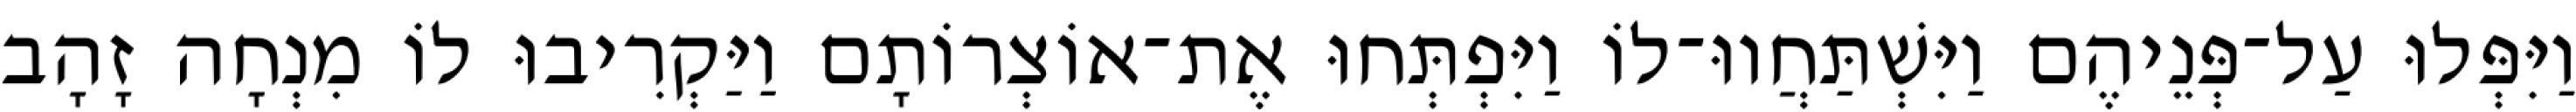
וַיִּפְּלוּ עַל־פְּנֵיהֶם וַיִּשְׁתַּחֲווּ־לוֹ וַיִּפְתְּחוּ אֶת־אוֹצְרוֹתָם וַיַּקְרִיבוּ לוֹ מִנְחָה זָהָב